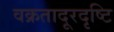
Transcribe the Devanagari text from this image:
वक्रतादूरदृष्टि